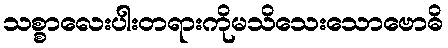
သစ္စာလေးပါးတရားကိုမသိသေးသောဗောဓိ